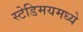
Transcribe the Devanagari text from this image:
स्टेडिमयमध्ये